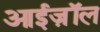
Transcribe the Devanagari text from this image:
आईज़ॉल